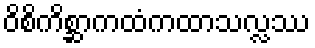
ဝိစိကိစ္ဆာကထံကထာသလ္လဿ